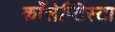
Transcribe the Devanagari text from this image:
काँसेप्टिस्टा